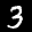
Label: 3